Annual administration report of the Civil Veterinary Department, Sind - 1939-1940
Year: 1939
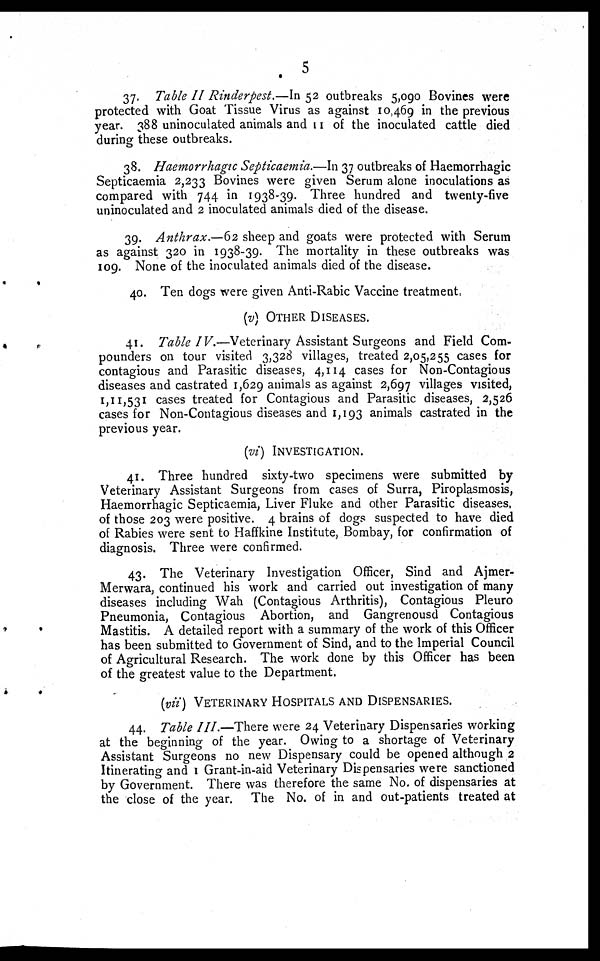
5
37. Table II Rinderpest.—In 52 outbreaks 5,090 Bovines were
protected with Goat Tissue Virus as against 10,469 in the previous
year. 388 uninoculated animals and 11 of the inoculated cattle died
during these outbreaks.
38. Haemorrhagic Septicaemia.—In 37 outbreaks of Haemorrhagic
Septicaemia 2,233 Bovines were given Serum alone inoculations as
compared with 744 in 1938-39. Three hundred and twenty-five
uninoculated and 2 inoculated animals died of the disease.
39. Anthrax.—62 sheep and goats were protected with Serum
as against 320 in 1938-39. The mortality in these outbreaks was
109. None of the inoculated animals died of the disease.
40. Ten dogs were given Anti-Rabic Vaccine treatment
(v) OTHER DISEASES.
41. Table IV.—Veterinary Assistant Surgeons and Field Com-
pounders on tour visited 3,328 villages, treated 2,05,255 cases for
contagious and Parasitic diseases, 4,114 cases for Non-Contagious
diseases and castrated 1,629 animals as against 2,697 villages visited,
1,11,531 cases treated for Contagious and Parasitic diseases, 2,526
cases for Non-Contagious diseases and 1,193 animals castrated in the
previous year.
(vi) INVESTIGATION.
41. Three hundred sixty-two specimens were submitted by
Veterinary Assistant Surgeons from cases of Surra, Piroplasmosis,
Haemorrhagic Septicaemia, Liver Fluke and other Parasitic diseases,
of those 203 were positive. 4 brains of dogs suspected to have died
of Rabies were sent to Haffkine Institute, Bombay, for confirmation of
diagnosis. Three were confirmed.
43. The Veterinary Investigation Officer, Sind and Ajmer-
Merwara, continued his work and carried out investigation of many
diseases including Wah (Contagious Arthritis), Contagious Pleuro
Pneumonia, Contagious Abortion, and Gangrenousd Contagious
Mastitis. A detailed report with a summary of the work of this Officer
has been submitted to Government of Sind, and to the Imperial Council
of Agricultural Research. The work done by this Officer has been
of the greatest value to the Department.
(vii) VETERINARY HOSPITALS AND DISPENSARIES.
44. Table III.—There were 24 Veterinary Dispensaries working
at the beginning of the year. Owing to a shortage of Veterinary
Assistant Surgeons no new Dispensary could be opened although 2
Itinerating and 1 Grant-in-aid Veterinary Dispensaries were sanctioned
by Government. There was therefore the same No. of dispensaries at
the close of the year. The No. of in and out-patients treated at